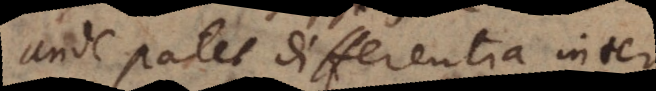
Unde patet differentia inter